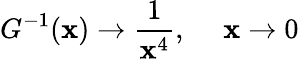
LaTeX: G^{-1}(\mathbf{x})\rightarrow{\frac{{1}}{{\mathbf{x}^{4}}}},~~~~~\mathbf{x}\rightarrow0